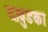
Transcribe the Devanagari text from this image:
दाबुडका